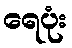
ရေပုံး